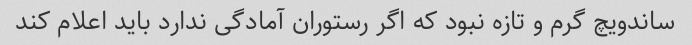
ساندویچ گرم و تازه نبود که اگر رستوران آمادگی ندارد باید اعلام کند